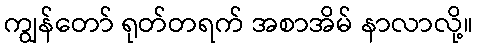
ကျွန်တော် ရုတ်တရက် အစာအိမ် နာလာလို့။